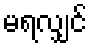
မရလျှင်